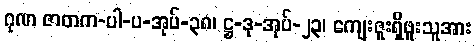
ဂုဏ ဇာတက-ပါ-ပ-အုပ်-၃၈၊ ဋ္ဌ-ဒု-အုပ်-၂၃၊ ကျေးဇူးရှိဖူးသူအား